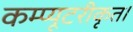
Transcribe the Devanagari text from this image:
कम्प्यूटरीकृत।